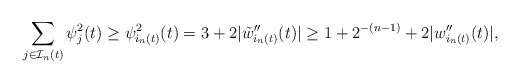
\begin{align*}\sum_{j \in \mathcal{I}_n (t)} \psi_j^2(t) \geq \psi_{i_n(t)}^2 (t) = 3 + 2|\tilde{w}_{i_n(t)}''(t)| \geq 1 + 2^{-(n-1)} + 2|w_{i_n(t)}''(t)|,\end{align*}